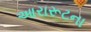
આરારૂટના